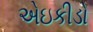
એઇકીડો